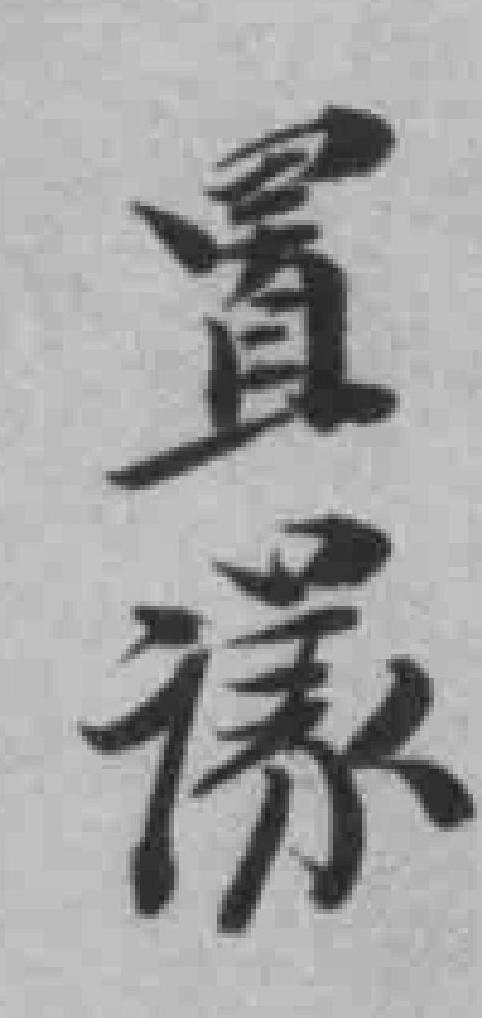
置*